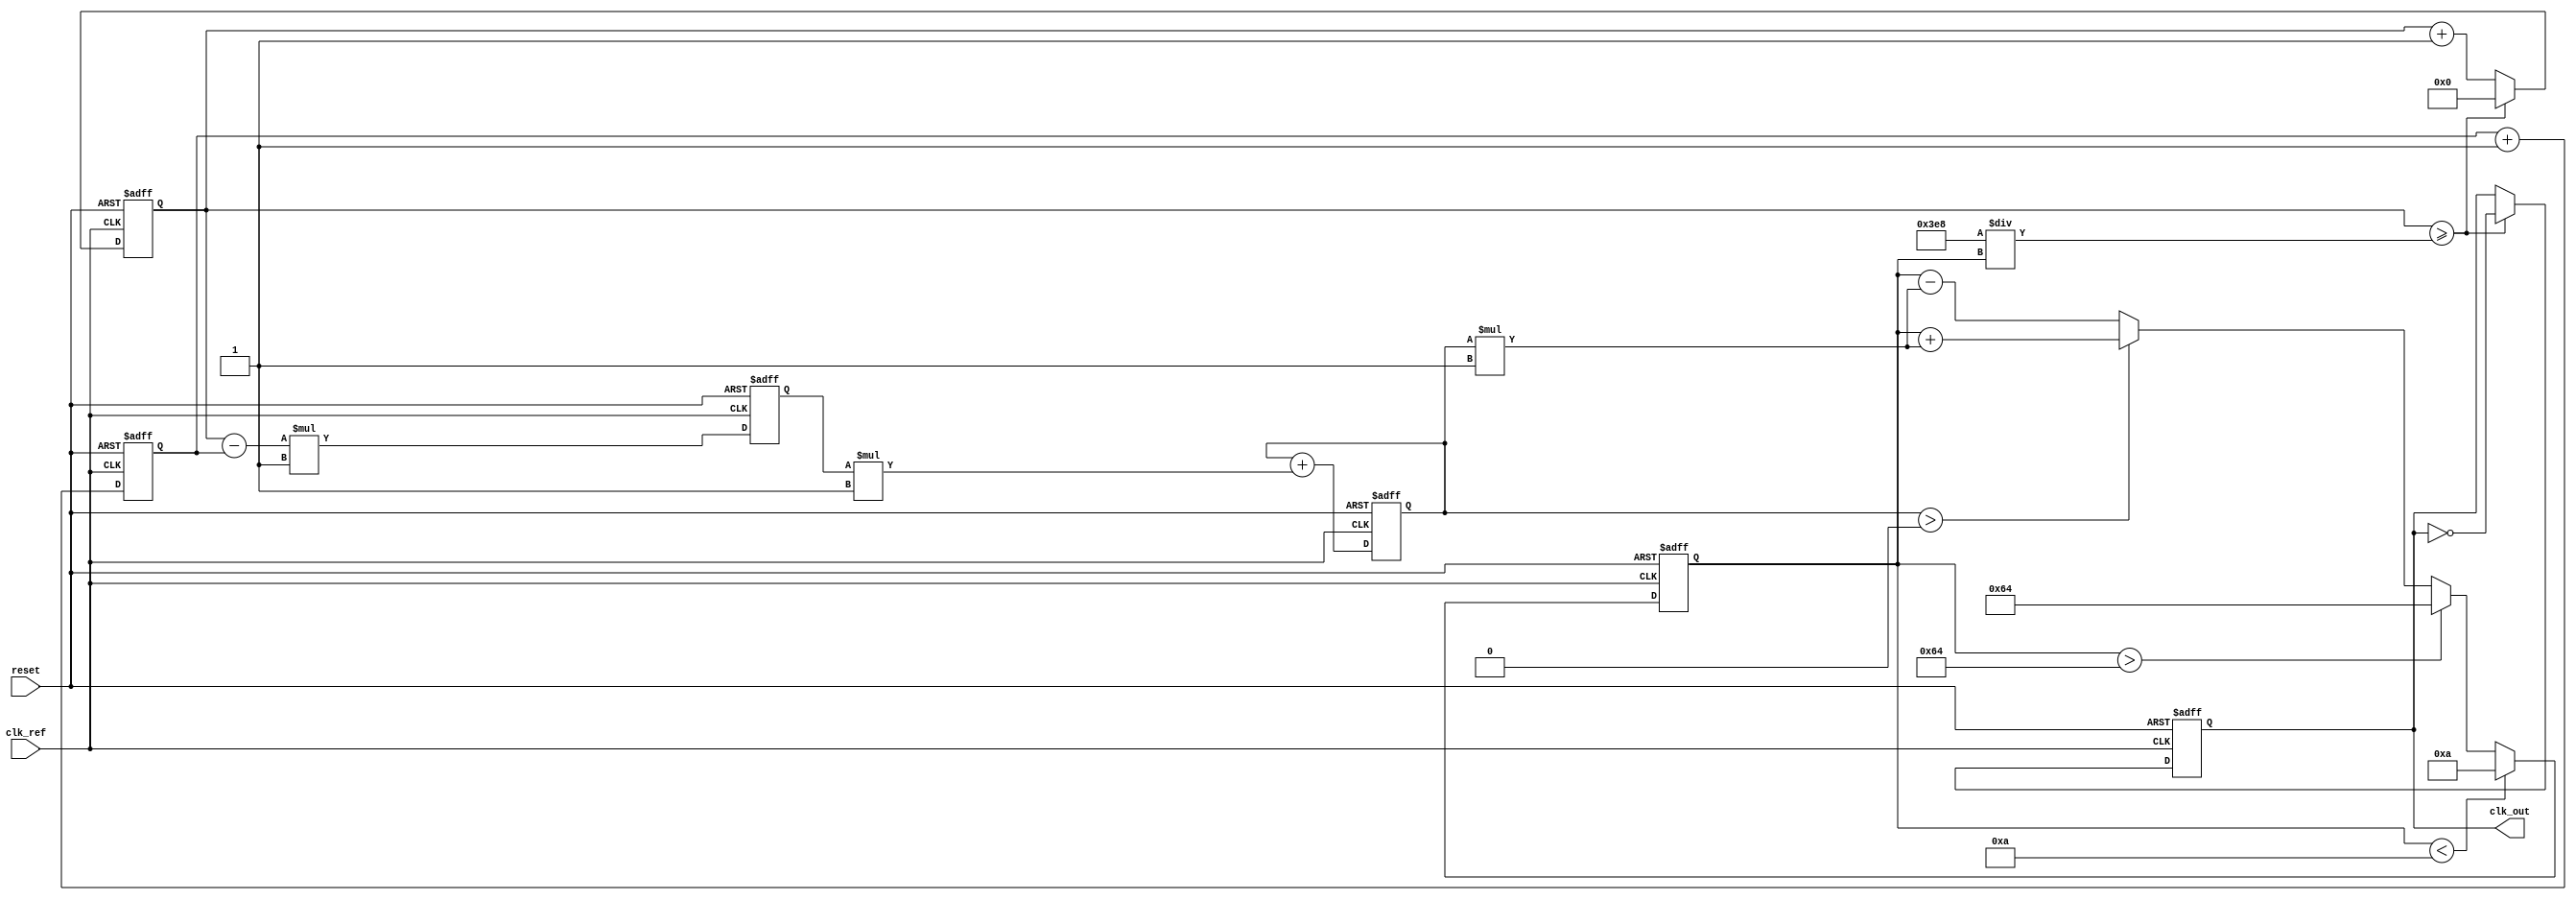
module pll_type2 (
    input wire clk_ref,         // Reference clock input
    input wire reset,          // Reset signal
    output reg clk_out         // Output clock signal
);

    // Parameters
    parameter VCO_MAX_FREQ = 100;  // Maximum frequency of VCO
    parameter VCO_MIN_FREQ = 10;    // Minimum frequency of VCO
    parameter K_PD = 1;             // Phase Detector gain
    parameter K_FILT = 1;           // Loop Filter gain
    parameter K_VCO = 1;            // VCO gain

    // Internal signals
    reg [31:0] phase_error;        // Phase error from PD
    reg [31:0] filtered_error;     // Filtered error signal
    reg [31:0] vco_freq;           // VCO frequency
    reg [31:0] vco_counter;        // VCO frequency counter
    reg [31:0] feedback_counter;    // Feedback counter

    // Phase Detector
    always @(posedge clk_ref or posedge reset) begin
        if (reset) begin
            phase_error <= 0;
        end else begin
            // Simple phase error calculation (for example purposes)
            phase_error <= (vco_counter - feedback_counter) * K_PD;
        end
    end

    // Loop Filter (2nd-order)
    always @(posedge clk_ref or posedge reset) begin
        if (reset) begin
            filtered_error <= 0;
        end else begin
            // Simple first-order filter
            filtered_error <= filtered_error + (phase_error * K_FILT);
        end
    end

    // Voltage-Controlled Oscillator (VCO)
    always @(posedge clk_ref or posedge reset) begin
        if (reset) begin
            vco_freq <= VCO_MIN_FREQ;
            vco_counter <= 0;
            clk_out <= 0;
        end else begin
            // Adjust VCO frequency based on filtered error
            if (filtered_error > 0) begin
                vco_freq <= vco_freq + (filtered_error * K_VCO);
            end else begin
                vco_freq <= vco_freq - (filtered_error * K_VCO);
            end

            // Clamp VCO frequency to minimum and maximum values
            if (vco_freq > VCO_MAX_FREQ) vco_freq <= VCO_MAX_FREQ;
            if (vco_freq < VCO_MIN_FREQ) vco_freq <= VCO_MIN_FREQ;

            // Generate output clock based on VCO frequency
            vco_counter <= vco_counter + 1;
            if (vco_counter >= (1000 / vco_freq)) begin
                clk_out <= ~clk_out;
                vco_counter <= 0;
            end
        end
    end

    // Feedback Path
    always @(posedge clk_ref or posedge reset) begin
        if (reset) begin
            feedback_counter <= 0;
        end else begin
            // Feedback counter (could be tied to the output clock)
            feedback_counter <= feedback_counter + 1;
        end
    end

endmodule